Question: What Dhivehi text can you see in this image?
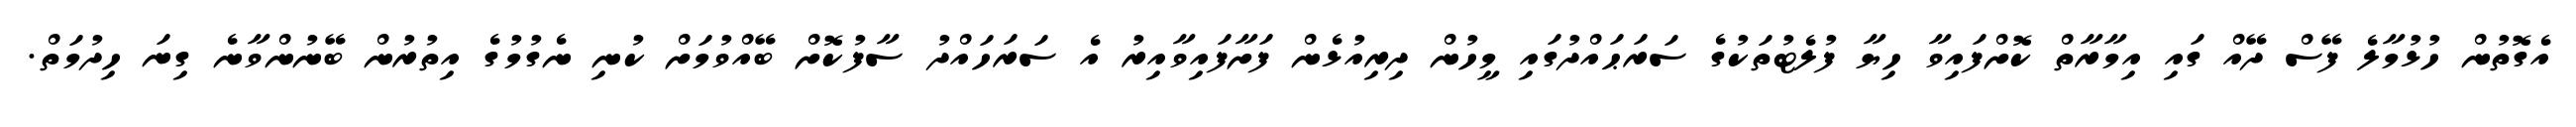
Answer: އެގޮތުން ހުޅުމާލެ ފޭސް ދޭއް ގައި އިމާރާތް ކޮށްފައިވާ ހިޔާ ފުލެޓުތަކުގެ ސަރަޙައްދުގައި މީހުން ދިރިއުޅެން ފަށާފައިވާއިރު އެ ސަރަހައްދު ސާފުކޮށް ބޭއްވުމަށް ކުނި ނެގުމުގެ އިތުރުން ބޭނުންވާނެ ގިނަ ހިދުމަތް.